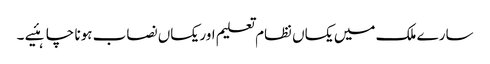
سارے ملک میں یکساں نظام تعلیم اور یکساں نصاب ہونا چاہئیے ۔